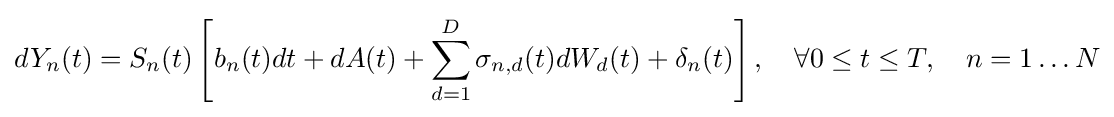
dY_{n}(t)=S_{n}(t)\left[b_{n}(t)dt+dA(t)+\sum _{d=1}^{D}\sigma _{n,d}(t)dW_{d}(t)+\delta _{n}(t)\right],\quad \forall 0\leq t\leq T,\quad n=1\ldots N